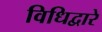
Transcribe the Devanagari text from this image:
विधिद्वारे